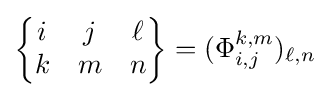
{\begin{Bmatrix}i&j&\ell \\k&m&n\end{Bmatrix}}=(\Phi _{i,j}^{k,m})_{\ell ,n}